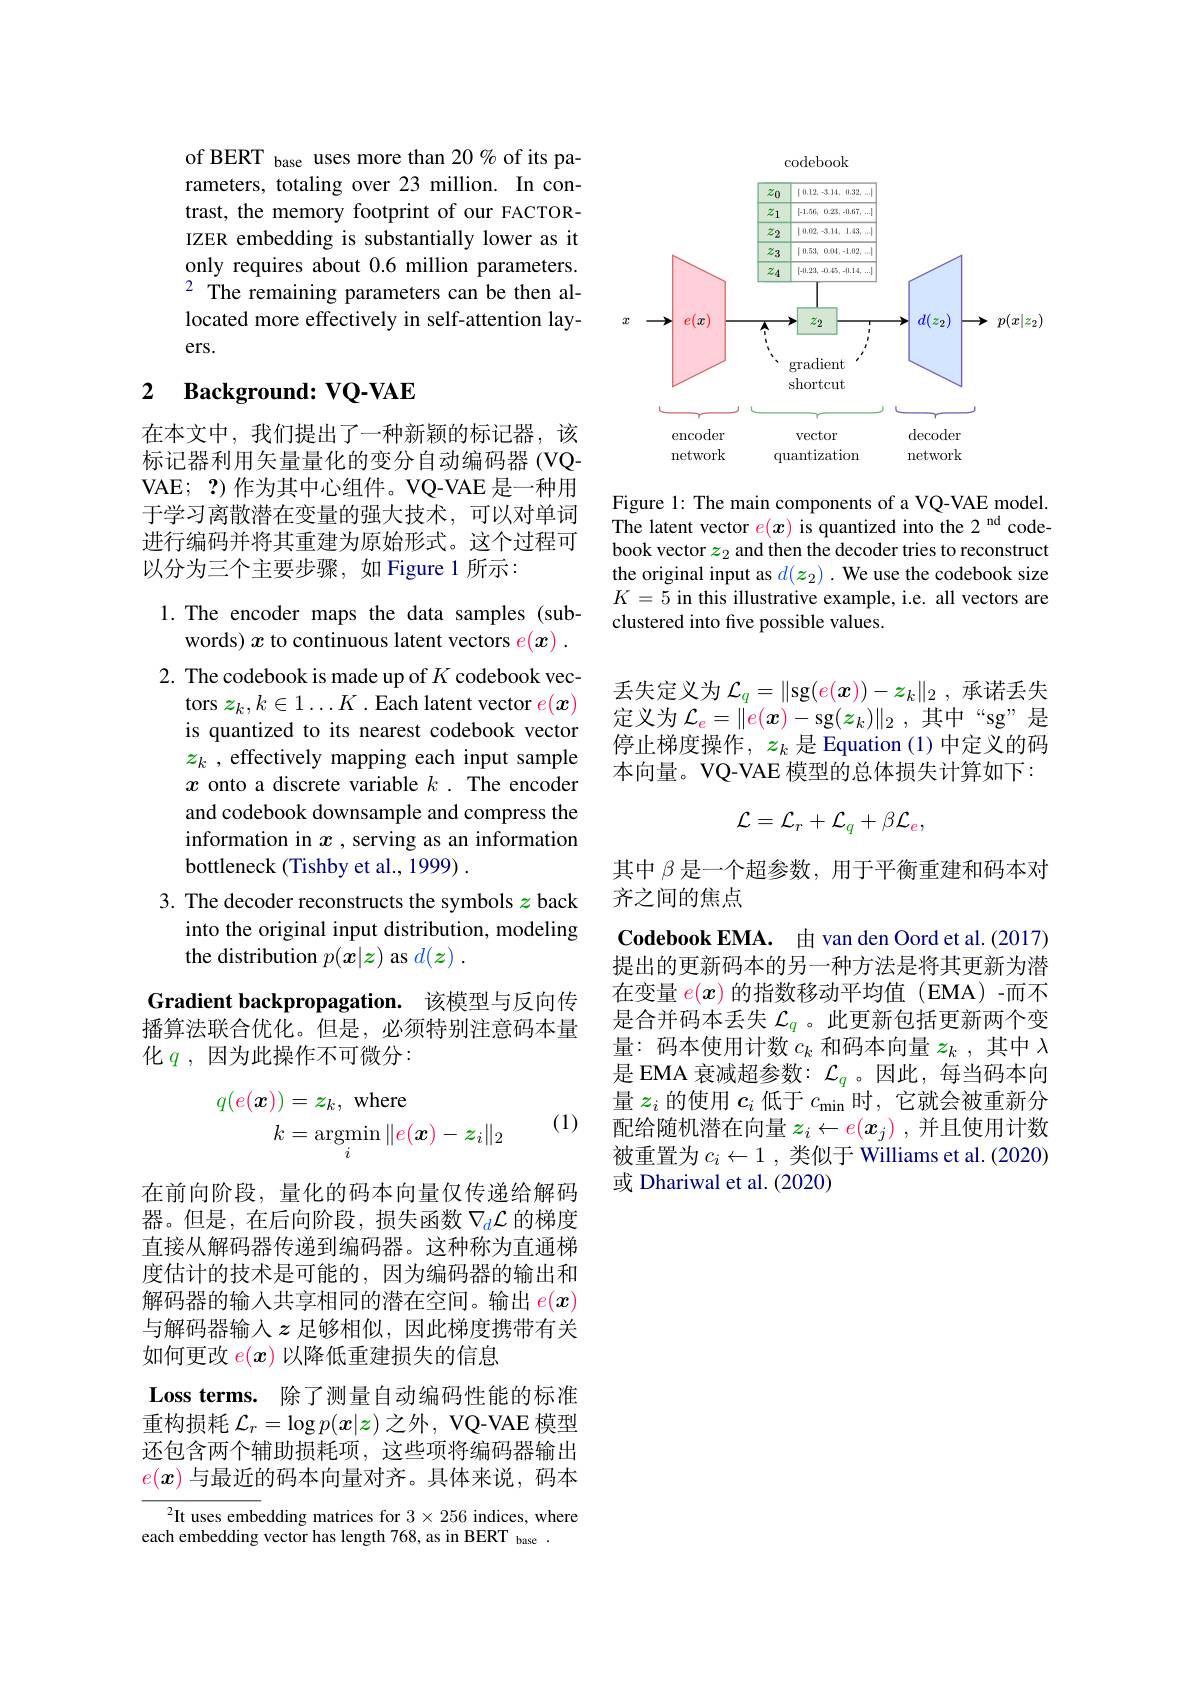
of BERT base uses more than 20% of its parameters, totaling over 23 million. In contrast, the memory footprint of our FACTORIZER embedding is substantially lower as it only requires about 0.6 million parameters. $^{2}$The remaining parameters can be then allocated more effectively in self-attention layers.

## 2 $\textbf{Background: VQ- VAE}$

在本文中，我们提出了一种新颖的标记器，该标记器利用矢量量化的变分自动编码器 (VQVAE; ?)作为其中心组件。VQ-VAE 是一种用于学习离散潜在变量的强大技术，可以对单词进行编码并将其重建为原始形式。这个过程可以分为三个主要步骤，如 Figure 1 所示：

1.The encoder maps the data samples (sub-
words) $x$ to continuous latent vectors $e(x).$ 2. The codebook is made up of $K$ codebook vec-
tors $z_k,k\in1\ldots K$ .Each latent vector $e(x)$ is quantized to its nearest codebook vector $z_k$ , effectively mapping each input sample $x$ onto a discrete variable $k.$ The encoder and codebook downsample and compress the information in $x$ , serving as an information bottleneck (Tishby et al., 1999) .
3. The decoder reconstructs the symbols $z$ back
into the original input distribution, modeling
the distribution $p(x|z)$ as $d( \boldsymbol{z})$ .

Gradient backpropagation.该模型与反向传播算法联合优化。但是，必须特别注意码本量化$q$,因为此操作不可微分：
$$\begin{aligned}q(e(\boldsymbol{x}))&=z_{k},\:\mathrm{where}\\k&=\underset{i}{\operatorname*{argmin}}\|e(\boldsymbol{x})-z_{i}\|_{2}\end{aligned}$$
(1)

在前向阶段，量化的码本向量仅传递给解码器。但是，在后向阶段，损失函数$\nabla_d\mathcal{L}$的梯度直接从解码器传递到编码器。这种称为直通梯度估计的技术是可能的，因为编码器的输出和解码器的输入共享相同的潜在空间。输出$e(x)$ 与解码器输入$z$ 足够相似，因此梯度携带有关如何更改$e(x)$以降低重建损失的信息
Loss terms. 除了测量自动编码性能的标准重构损耗$\mathcal{L}_r=\log p(x|z)$之外，VQ-VAE 模型还包含两个辅助损耗项，这些项将编码器输出$e(x)$与最近的码本向量对齐。具体来说，码本

$^{2}$It uses embedding matrices for $3\times256$ indices, where
each embedding vector has length 768, as in BERT base .

<FigureHere>

Figure 1: The main components of a VQ-VAE model. The latent vector $e(x)$ is quantized into the 2 nd codebook vector $z_2$ and then the decoder tries to reconstruct the original input as $d(z_2).$ We use the codebook size $K=5$ in this illustrative example, i.e. all vectors are clustered into five possible values.

丢失定义为$\mathcal{L}_q=\|$sg$(e(x))-z_k\|_2$,承诺丢失定义为$\mathcal{L} _e= \| e( x) - \operatorname { sg} ( z_k) \| _2$ ,其中“sg”是停止梯度操作，$z_k$是 Equation (1)中定义的码本向量。VQ-VAE 模型的总体损失计算如下：
$$\mathcal{L}=\mathcal{L}_r+\mathcal{L}_q+\beta\mathcal{L}_e,$$
其中$\beta$是一个超参数，用于平衡重建和码本对
齐之间的焦点
Codebook EMA. 由 van den Oord et al.(2017) 提出的更新码本的另一种方法是将其更新为潜在变量$e(x)$的指数移动平均值(EMA)-而不是合并码本丢失$\mathcal{L}_q$ 。此更新包括更新两个变量：码本使用计数$c_k$和码本向量$z_k$ ,其中$\lambda$ 是 EMA 衰减超参数：$\mathcal{L}_q$ 。因此，每当码本向量$z_i$的使用$c_i$低于$c_\mathrm{min}$时，它就会被重新分配给随机潜在向量$z_i\leftarrow e(x_j)$ ,并且使用计数被重置为$c_i\leftarrow1,\ddot{\text{类似于 Williams et al.(2020)}}$ 或 Dhariwal et al. (2020)